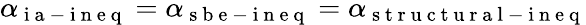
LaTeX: \alpha_{\mathrm{~i~a~-~i~n~e~q~}}=\alpha_{\mathrm{~s~b~e~-~i~n~e~q~}}=\alpha_{\mathrm{~s~t~r~u~c~t~u~r~a~l~-~i~n~e~q~}}